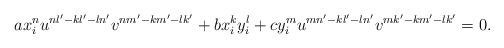
LaTeX: \begin{align*}a x_i^n u^{nl'-kl'-ln'}v^{nm'-km'-lk'} + b x_i^k y_i^l + c y_i^m u^{mn'-kl'-ln'}v^{mk'-km'-lk'} = 0.\end{align*}